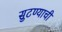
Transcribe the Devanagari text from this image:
सुटण्याची